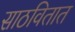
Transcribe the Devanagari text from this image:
साठवितात